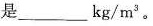
是___kg/m^{3}。